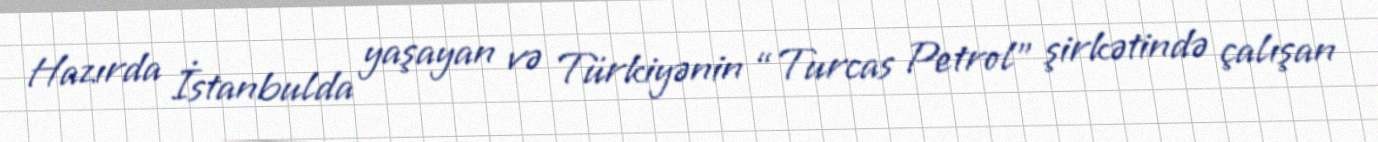
Hazırda İstanbulda yaşayan və Türkiyənin “Turcas Petrol” şirkətində çalışan